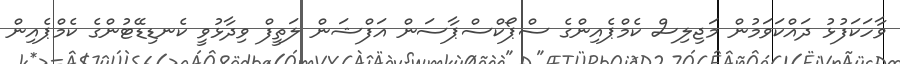
ވާހަކަފުޅު ދައްކަވަމުން މަޖިލިސް ކެމްޕެއިންގެ ސްޕޯކްސްޕާސަން އަފްޝަން ލަތީފް ވިދާޅުވީ ކެނޑިޑޭޓުންގެ ކެމްޕެއިން